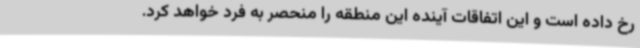
رخ داده است و این اتفاقات آینده این منطقه را منحصر به فرد خواهد کرد.